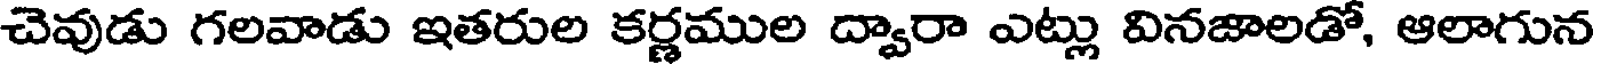
చెవుడు గలవాడు ఇతరుల కర్ణముల ద్వారా ఎట్లు వినజాలడో, ఆలాగున